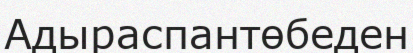
Адыраспантөбеден